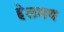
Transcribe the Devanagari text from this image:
हेलमथ